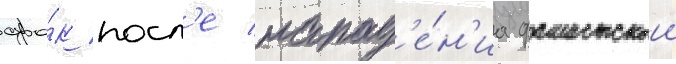
сро́к посл'е напад'е́н'иа фашистскои